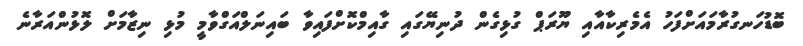
ބޮޑުހަނގުރާމައަށްފަހު އެމެރިކާއާއި ޔޫރަޕް ގުޅިގެން ދުނިޔޭގައި ގާއިމްކޮށްފައިވާ ބައިނަލްއަގްވާމީ މުޅި ނިޒާމަށް ލޮޅުންއަރާނެ